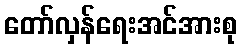
တော်လှန်ရေးအင်အားစု